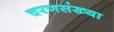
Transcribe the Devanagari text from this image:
चरणसंख्या